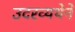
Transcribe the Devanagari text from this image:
उदरव्यथेने